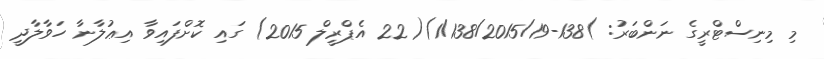
މި މިނިސްޓްރީގެ ނަންބަރު: )138-1/138/2015/19)(22 އެޕްރީލް 2015) ގައި ކޮށްފައިވާ އިޢުލާނާ ހަވާލާދީ